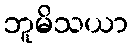
ဘူမိသယာ